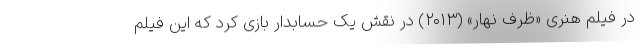
در فیلم هنری «ظرف نهار» (۲۰۱۳) در نقش یک حسابدار بازی کرد که این فیلم